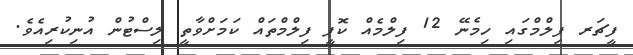
ފީޗަރ ފިލްމްގައި ހިމެނޭ 12 ފިލްމެއް ކޮޕީ ފިލްމްތައް ކަމަށްވާތީ ލިސްޓުން އުނިކުރިއެވެ.